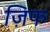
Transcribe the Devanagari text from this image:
ज़िफ